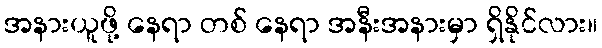
အနားယူဖို့ နေရာ တစ် နေရာ အနီးအနားမှာ ရှိနိုင်လား။